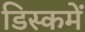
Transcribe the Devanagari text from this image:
डिस्कमें